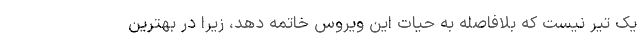
یک تیر نیست که بلافاصله به حیات این ویروس خاتمه دهد، زیرا در بهترین